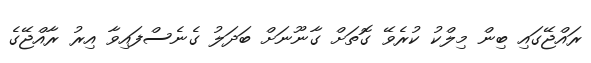
ރައްޖޭގައި ބިން މިލްކު ކުރެވޭ ގޮތަށް ގާނޫނަށް ބަދަލު ގެނެސްފައިވާ އިރު ރާއްޖޭގެ